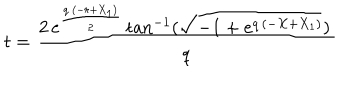
LaTeX: t = { \frac { 2 \, { e ^ { { \frac { q \, \left( - r + { X _ { 1 } } \right) } { 2 } } } } \, \mathrm { t a n } ^ { - 1 } ( { \sqrt { - 1 + { e ^ { q \, \left( - X + { X _ { 1 } } \right) } } } } ) \, { } } { q } }